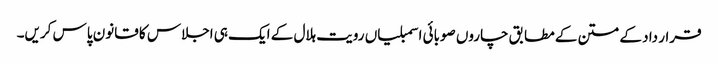
قرار داد کے متن کے مطابق چاروں صوبائی اسمبلیاں رویت ہلال کے ایک ہی اجلاس کا قانون پاس کریں۔